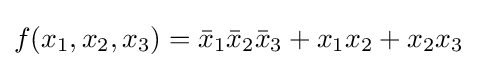
f(x_{1},x_{2},x_{3})={\bar {x}}_{1}{\bar {x}}_{2}{\bar {x}}_{3}+x_{1}x_{2}+x_{2}x_{3}